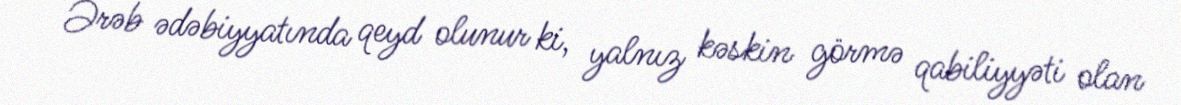
Ərəb ədəbiyyatında qeyd olunur ki, yalnız kəskin görmə qabiliyyəti olan